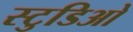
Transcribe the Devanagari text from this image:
स्टुडिओ